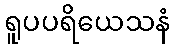
ရူပပရိယေသနံ